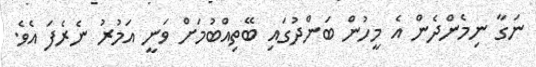
ނަގާ ނިމެންދެން އެ މީހުން ބަންދުގައި ބޭތިއްބުމަށް ވަނީ އަމުރު ނެރެފަ އެވެ.